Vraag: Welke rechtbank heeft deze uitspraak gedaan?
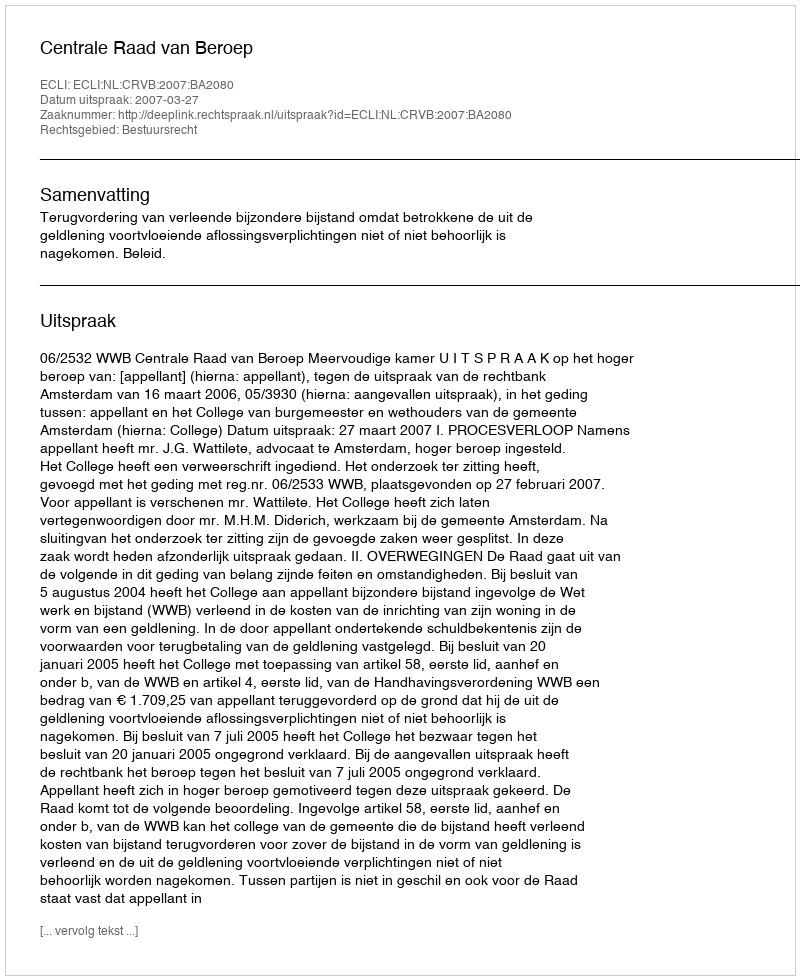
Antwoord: Centrale Raad van Beroep